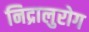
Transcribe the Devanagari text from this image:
निद्रालुरोग